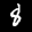
Label: 8